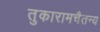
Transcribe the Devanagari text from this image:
तुकारामचैतन्य